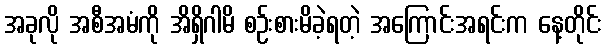
အခုလို အစီအမံကို အိရှိဂါမိ စဉ်းစားမိခဲ့ရတဲ့ အကြောင်းအရင်းက နေ့တိုင်း